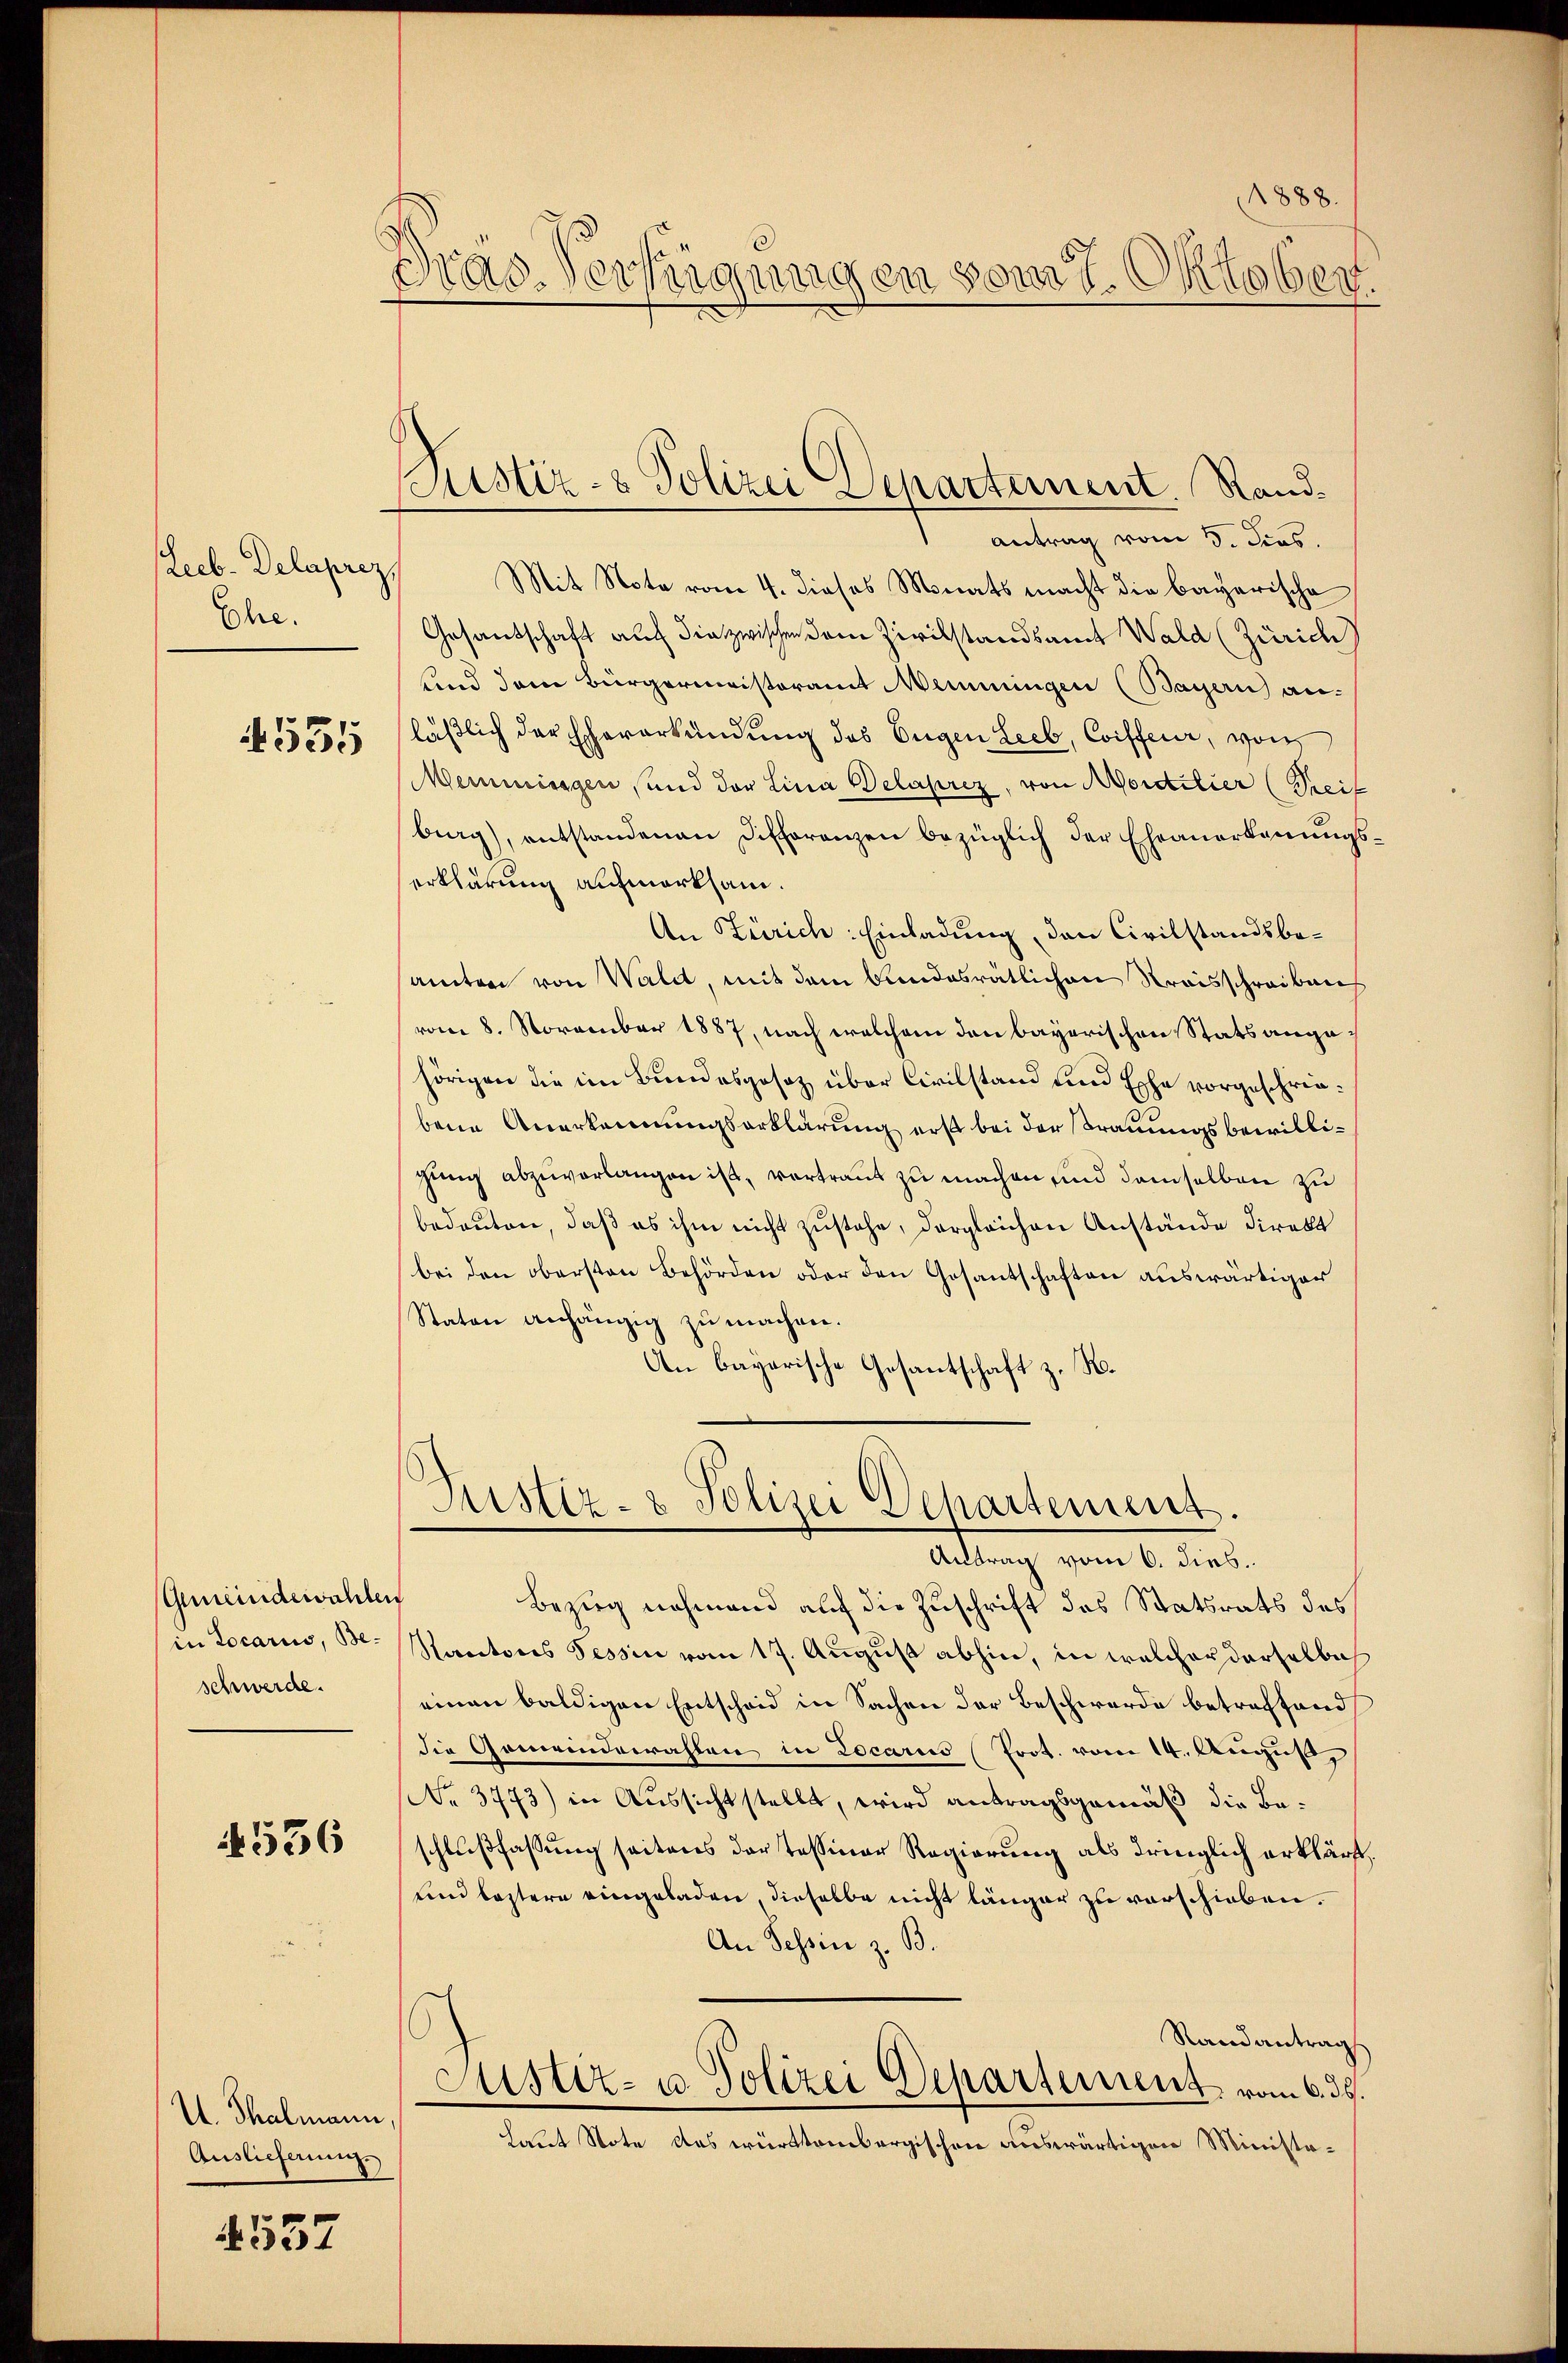
Recb. Delaprez
Ehe.

4535

(Gemeindewahlen
in Locaris, Beschwerde.

1536

I. Thalmann
Auslieferung.

537

1888.
Dras Verfügungen vom 7. Oktober

Justiz- & Polizei Departement. Rand¬

Antrag vom 5. dies
Mit Note vom 4. dieses Monats macht die bayerische
Gesandschaft auch die zwischen dem Zivilstandsamt Wald (Zürich
und dem Bürgermeisteramt Memmingen (Bayern) anläßlich der Eheverkündung des Eugen Leeb, Coiffeur, vom
Meimissigen und der Lina Delaprez, von Morditier (Dreif
berg), entstandenen Differenzen bezüglich der Eheanerkanŭngs-
erklärung aufmerksam.
An Zürich: Einladung, den Civilstandsbesamter von Waldt, mit dem bundesratlichen Kraisschreiben
vom 8. November 1887, nach welchem den bayerischen Statsangahörigen die im Bundesgesetz über Civilstand und Ephe vorgeschriebene Anerkennungserklärung erst bei der Trauungsbewilligung abzuverlangen ist, vortraut zu machen und demselben zu
bedeuten, daß es ihm nicht zustehe, dergleichen Anstände direkt
bei den obersten Behörden oder den Gesantschaften auswärtiger
Staten anhängig zu machen.
An bayerische Gesantschaft z. R.

Justiz- & Polizei Departement.
Antrag vom 6. dies.

Bezirg nehmend auf die Zuschrift des Statsrats des
Ractores Tessin vom 17. August abhin, in welcher derselbe
einen baldigen Entscheid in Sachen der Beschwerde betreffend
die Gemeindewahlen in Locarus Prot. vom 14. August
No 3773) in Aussicht stellt, wird antragsgemäß die Beschlußfassung seitens der tessiner Regierung als dringlich erklärt,
und leztere eingeladen, dieselbe nicht länger zu verschieben.
An Tessin z. B.
Randantrag
Justiz- u Polizei Departement vom 6. ds.
Laut Note des württembergischen auswärtigen Ministo¬